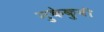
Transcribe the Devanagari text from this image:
नुकेकुबी